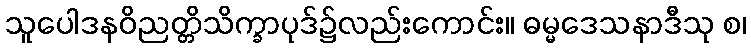
သူပေါဒနဝိညတ္တိသိက္ခာပုဒ်၌လည်းကောင်း။ ဓမ္မဒေသနာဒီသု စ၊